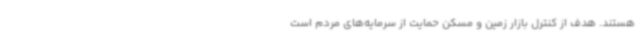
هستند. هدف از کنترل بازار زمین و مسکن حمایت از سرمایه‌های مردم است